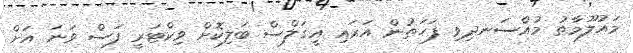
މައުލޫމާތު މުއްސަނދިވި ފަހަތުން އަރައި އީގަލްސް ބަލިކޮށް ވިކްޓަރީ ފަސް ވަނަ އަށް